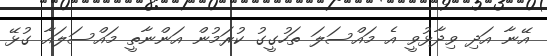
އޭނާ އަދި ވިދާޅުވީ އެ މައްސަލަ ތަހުގީގު ކުރަމުން އަންނާތީ މައްސަލައާ ގުޅޭ